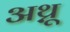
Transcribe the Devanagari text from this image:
अथ़्रू